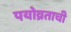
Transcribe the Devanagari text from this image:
पयोव्रताची